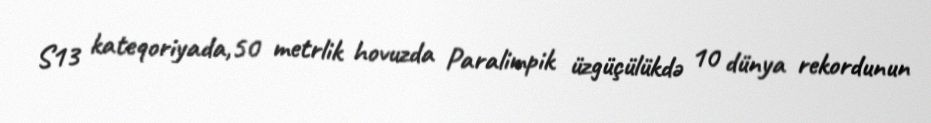
S13 kateqoriyada,50 metrlik hovuzda Paralimpik üzgüçülükdə 10 dünya rekordunun